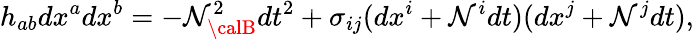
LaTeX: h_{ab}dx^{a}dx^{b}=-\mathcal{N}_{\calB}^{2}dt^{2}+\sigma_{ij}(dx^{i}+\mathcal{N}^{i}dt)(dx^{j}+\mathcal{N}^{j}dt),